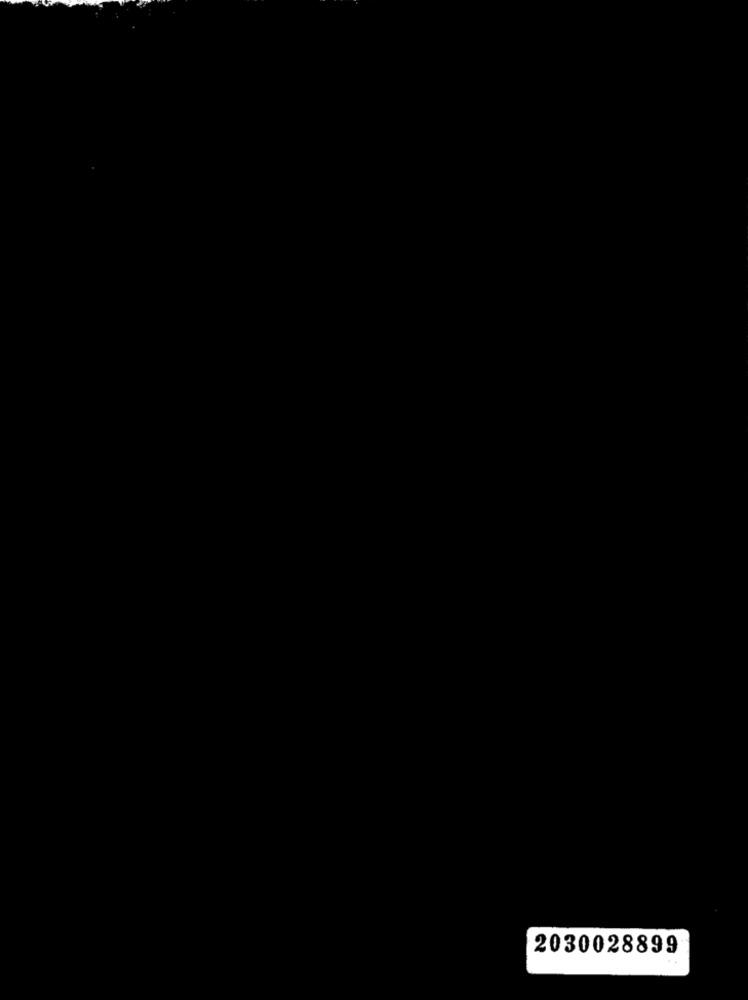
2030028899